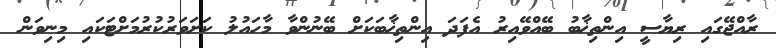
ރާއްޖޭގައި ރިޔާސީ އިންތިޚާބު ބޭއްވޭއިރު އެފަދަ އިންތިޚާބަކަށް ބޭނުންވާ މާހައުލު ކަށަވަރުކުރުމަށްޓަކައި މިނިވަން